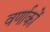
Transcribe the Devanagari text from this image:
वर्णाकों